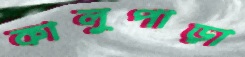
কালুপাড়া